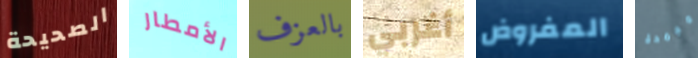
الصحيحة الأمطار بالعزف أغربي المفروض مجمدة